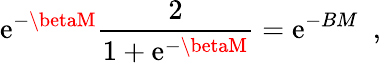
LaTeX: \mathrm{e}^{-\betaM}\frac{{2}}{{1+\mathrm{e}^{-\betaM}}}=\mathrm{e}^{-BM}\, \, \, ,